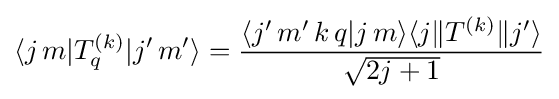
\langle j\,m|T_{q}^{(k)}|j'\,m'\rangle ={\frac {\langle j'\,m'\,k\,q|j\,m\rangle \langle j\|T^{(k)}\|j'\rangle }{\sqrt {2j+1}}}